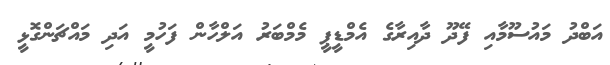
އަބްދު މައުސޫމާއި ފޭދޫ ދާއިރާގެ އެމްޑީޕީ މެމްބަރު އަލްހާން ފަހުމީ އަދި މައްޗަންގޮޅީ